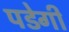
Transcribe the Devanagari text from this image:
पडेगी